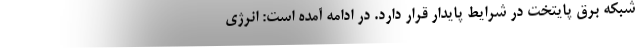
شبکه برق پایتخت در شرایط پایدار قرار دارد. در ادامه آمده است: انرژی